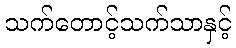
သက်တောင့်သက်သာနှင့်